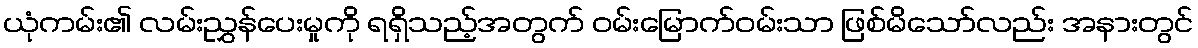
ယုံကမ်း၏ လမ်းညွှန်ပေးမှုကို ရရှိသည့်အတွက် ဝမ်းမြောက်ဝမ်းသာ ဖြစ်မိသော်လည်း အနားတွင်